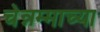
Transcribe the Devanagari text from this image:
चेन्नम्माच्या